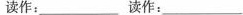
读作：___ 读作：___